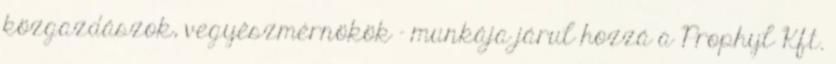
közgazdászok, vegyészmérnökök – munkája járul hozzá a Prophyl Kft.